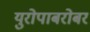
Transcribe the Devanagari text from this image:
युरोपाबरोबर